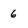
Character: 6